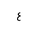
Letter: _ayn